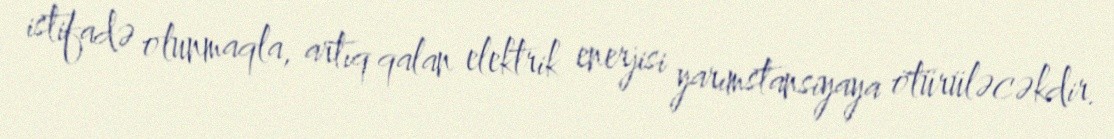
istifadə olunmaqla, artıq qalan elektrik enerjisi yarımstansiyaya ötürüləcəkdir.